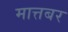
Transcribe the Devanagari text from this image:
मात्तबर